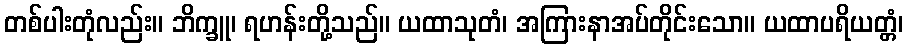
တစ်ပါးတုံလည်း။ ဘိက္ခူ၊ ရဟန်းတို့သည်။ ယထာသုတံ၊ အကြားနာအပ်တိုင်းသော။ ယထာပရိယတ္တံ၊